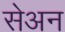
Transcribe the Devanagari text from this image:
सेअन